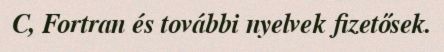
C, Fortran és további nyelvek fizetősek.